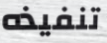
تنفيذه